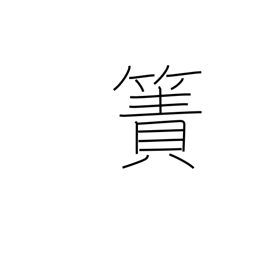
Meaning: rough mat (reeds)